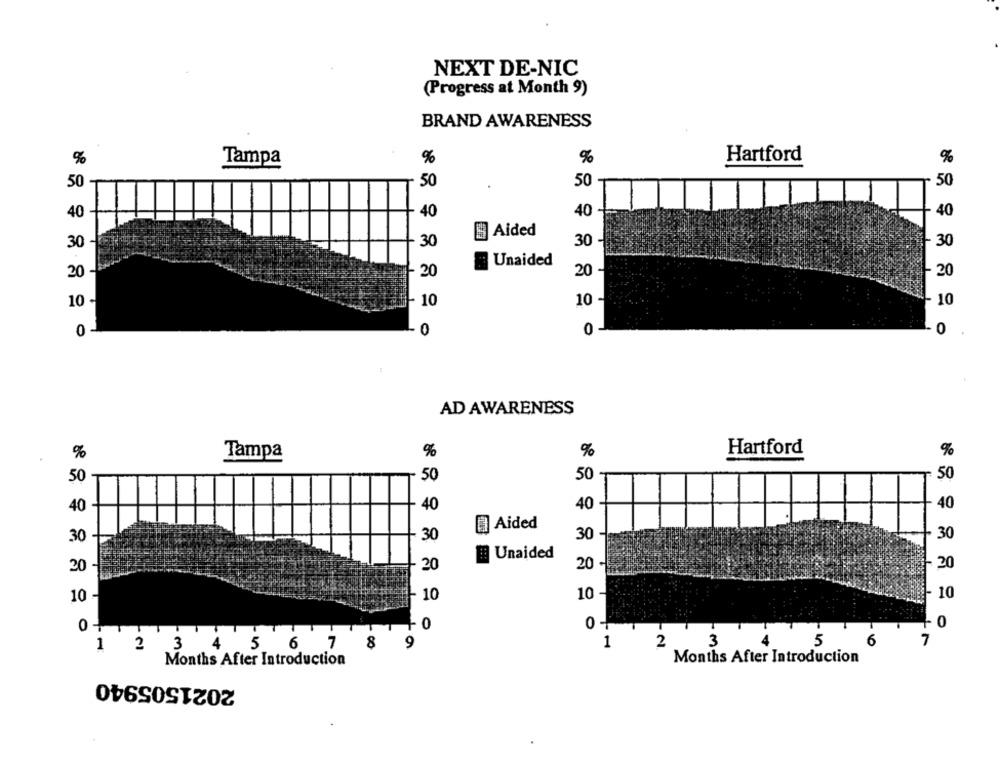
NEXT DE-NIC
(Progress at Month 9)
BRAND AWARENESS
%
Tampa
%
%
Hartford
%
50
50
50
50
40
40
40
40
Aided
30
30
30
30
Unaided
20
- 20
20 -
20
10
+ 10
10
. 10
0
0
0
0
AD AWARENESS
Hartford
%
Tampa
%
%
50
50
50
50
40 -
40
40
40
El Aided
30
30
30
30
Unaided
20 -
20
20
20
10
10
10
10
0
0
0
0 -
8
9
1
2
3
5
6
1
2
3
4
5
6
7
Months After Introduction
Months After Introduction
2021505940